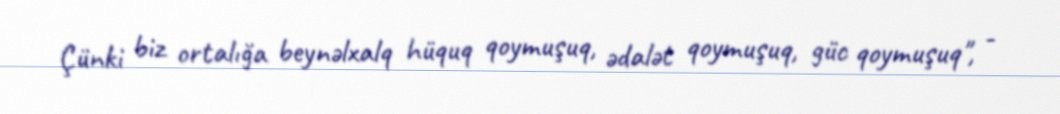
Çünki biz ortalığa beynəlxalq hüquq qoymuşuq, ədalət qoymuşuq, güc qoymuşuq", -